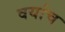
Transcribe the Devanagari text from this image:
वर्याच